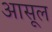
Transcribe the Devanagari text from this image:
आसूल